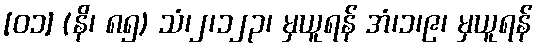
[၀၁] (နိ၊ ၈၅) သံ၊၂၊၁၂၃၊ မှယူရန် အံ၊၁၊၉၊ မှယူရန်